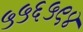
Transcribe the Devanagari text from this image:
५५६५९४